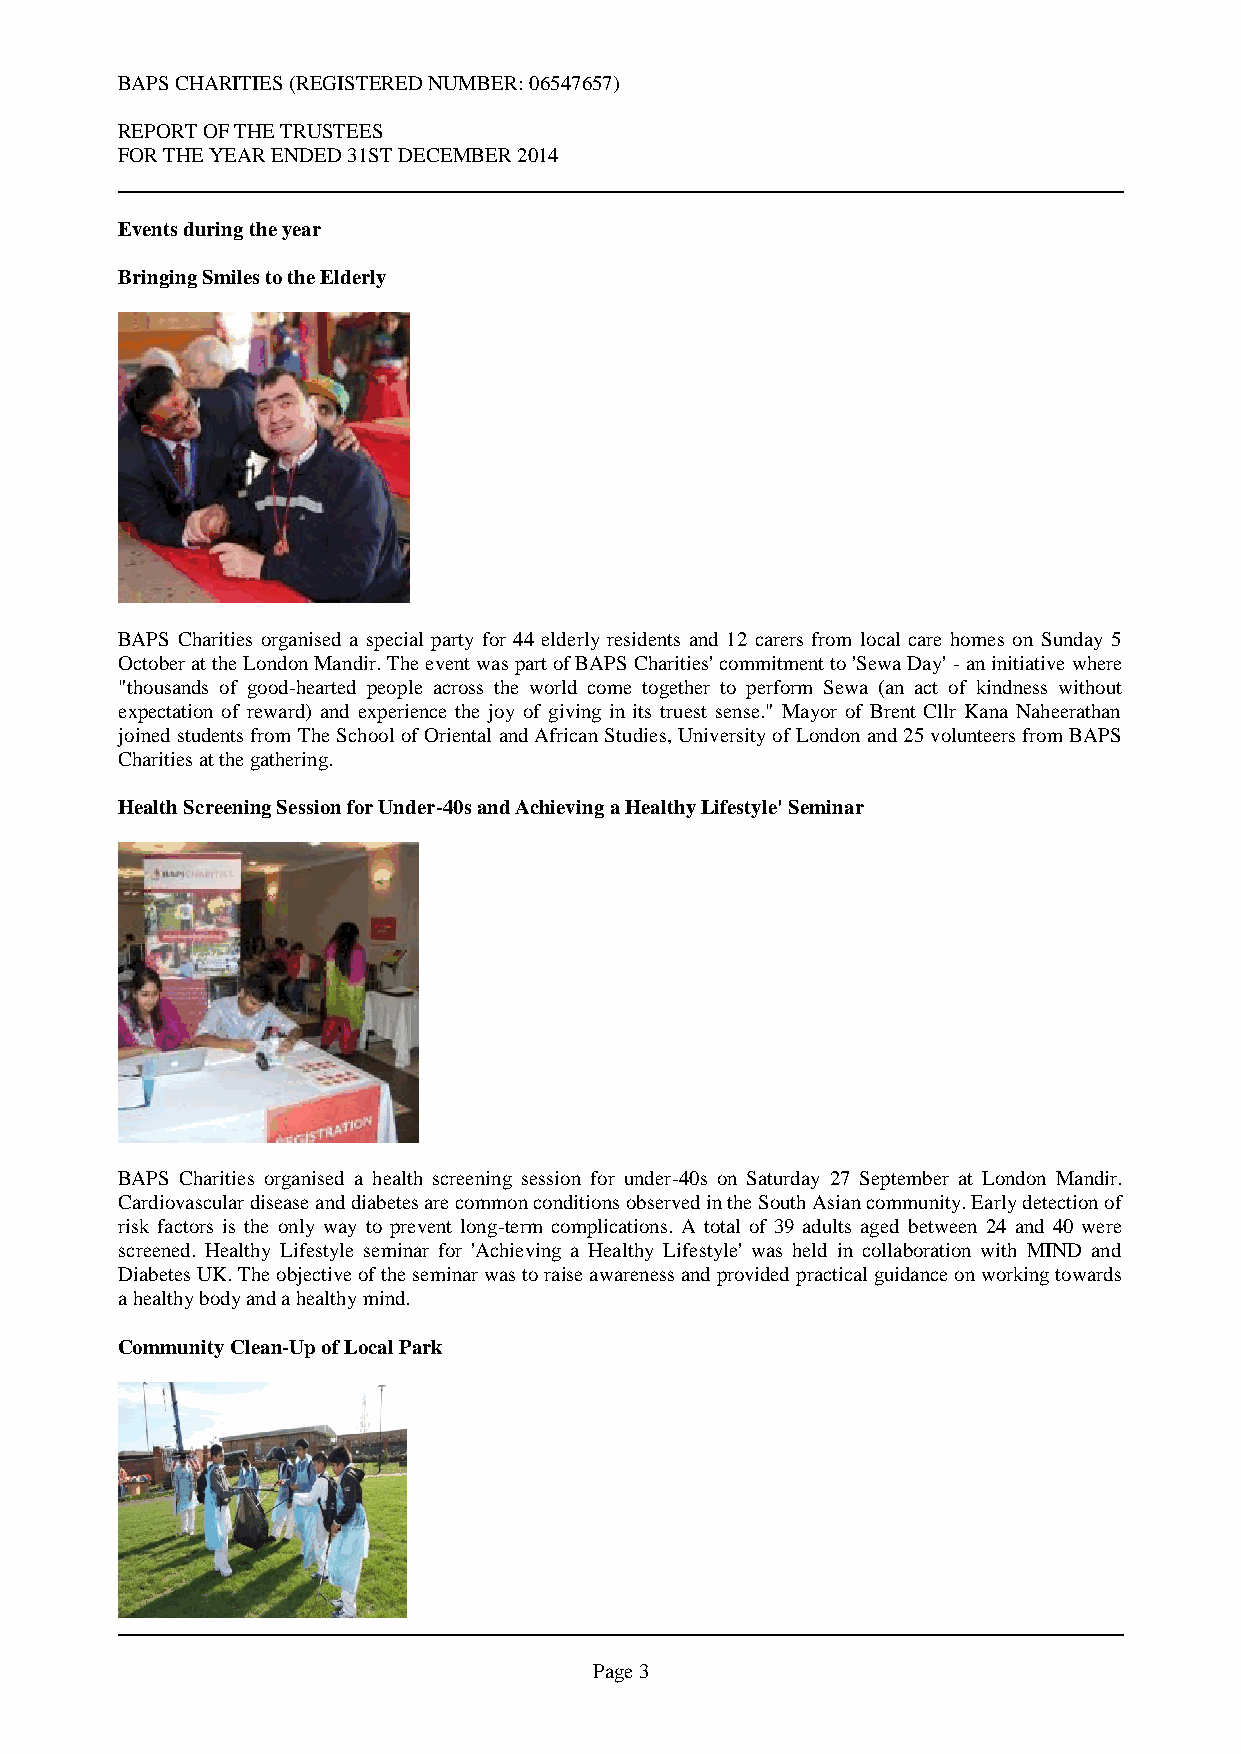
BAPS CHARITIES (REGISTERED NUMBER: 06547657)
 REPORT OF THE TRUSTEES
 FOR THE YEAR ENDED 31ST DECEMBER 2014
 Events during the year
 Bringing Smiles to the Elderly
 BAPS Charities organised a special party for 44 elderly residents and 12 carers from local care homes on Sunday 5
 October at the London Mandir. The event was part of BAPS Charities' commitment to 'Sewa Day' - an initiative where
 "thousands of good-hearted people across the world come together to perform Sewa (an act of kindness without
 expectation of reward) and experience the joy of giving in its truest sense." Mayor of Brent Cllr Kana Naheerathan
 joined students from The School of Oriental and African Studies, University of London and 25 volunteers from BAPS
 Charities at the gathering.
 Health Screening Session for Under-40s and Achieving a Healthy Lifestyle' Seminar
 BAPS Charities organised a health screening session for under-40s on Saturday 27 September at London Mandir.
 Cardiovascular disease and diabetes are common conditions observed in the South Asian community. Early detection of
 risk factors is the only way to prevent long-term complications. A total of 39 adults aged between 24 and 40 were
 screened. Healthy Lifestyle seminar for 'Achieving a Healthy Lifestyle' was held in collaboration with MIND and
 Diabetes UK. The objective of the seminar was to raise awareness and provided practical guidance on working towards
 a healthy body and a healthy mind.
 Community Clean-Up of Local Park
 Page 3